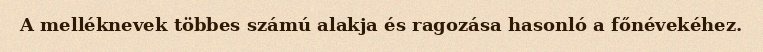
A melléknevek többes számú alakja és ragozása hasonló a főnévekéhez.